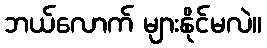
ဘယ်လောက် များနိုင်မလဲ။